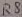
Text: R8